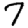
Digit: 7